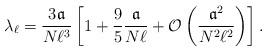
LaTeX: \begin{align*}\lambda_\ell=\frac{3\mathfrak{a}}{N\ell^3}\left[ 1+\frac{9}{5}\frac{\mathfrak{a}}{N \ell}+\mathcal{O}\left( \frac{\mathfrak{a}^2}{N^2\ell^2} \right) \right].\end{align*}